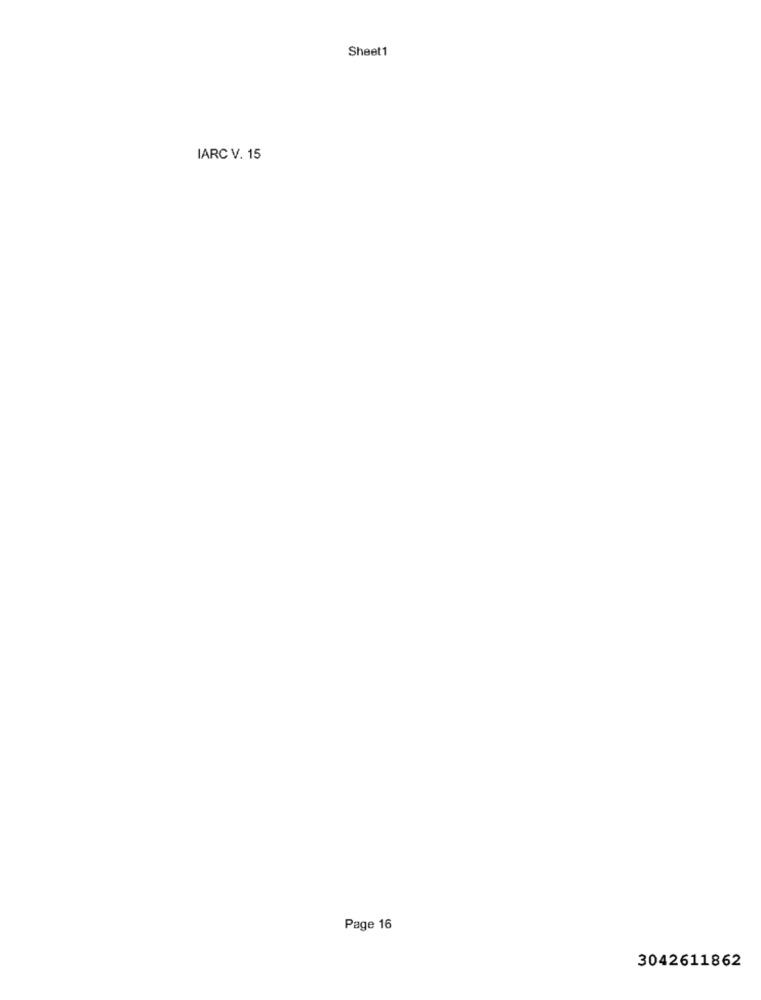
Sheet1
IARC V. 15
Page 16
3042611862